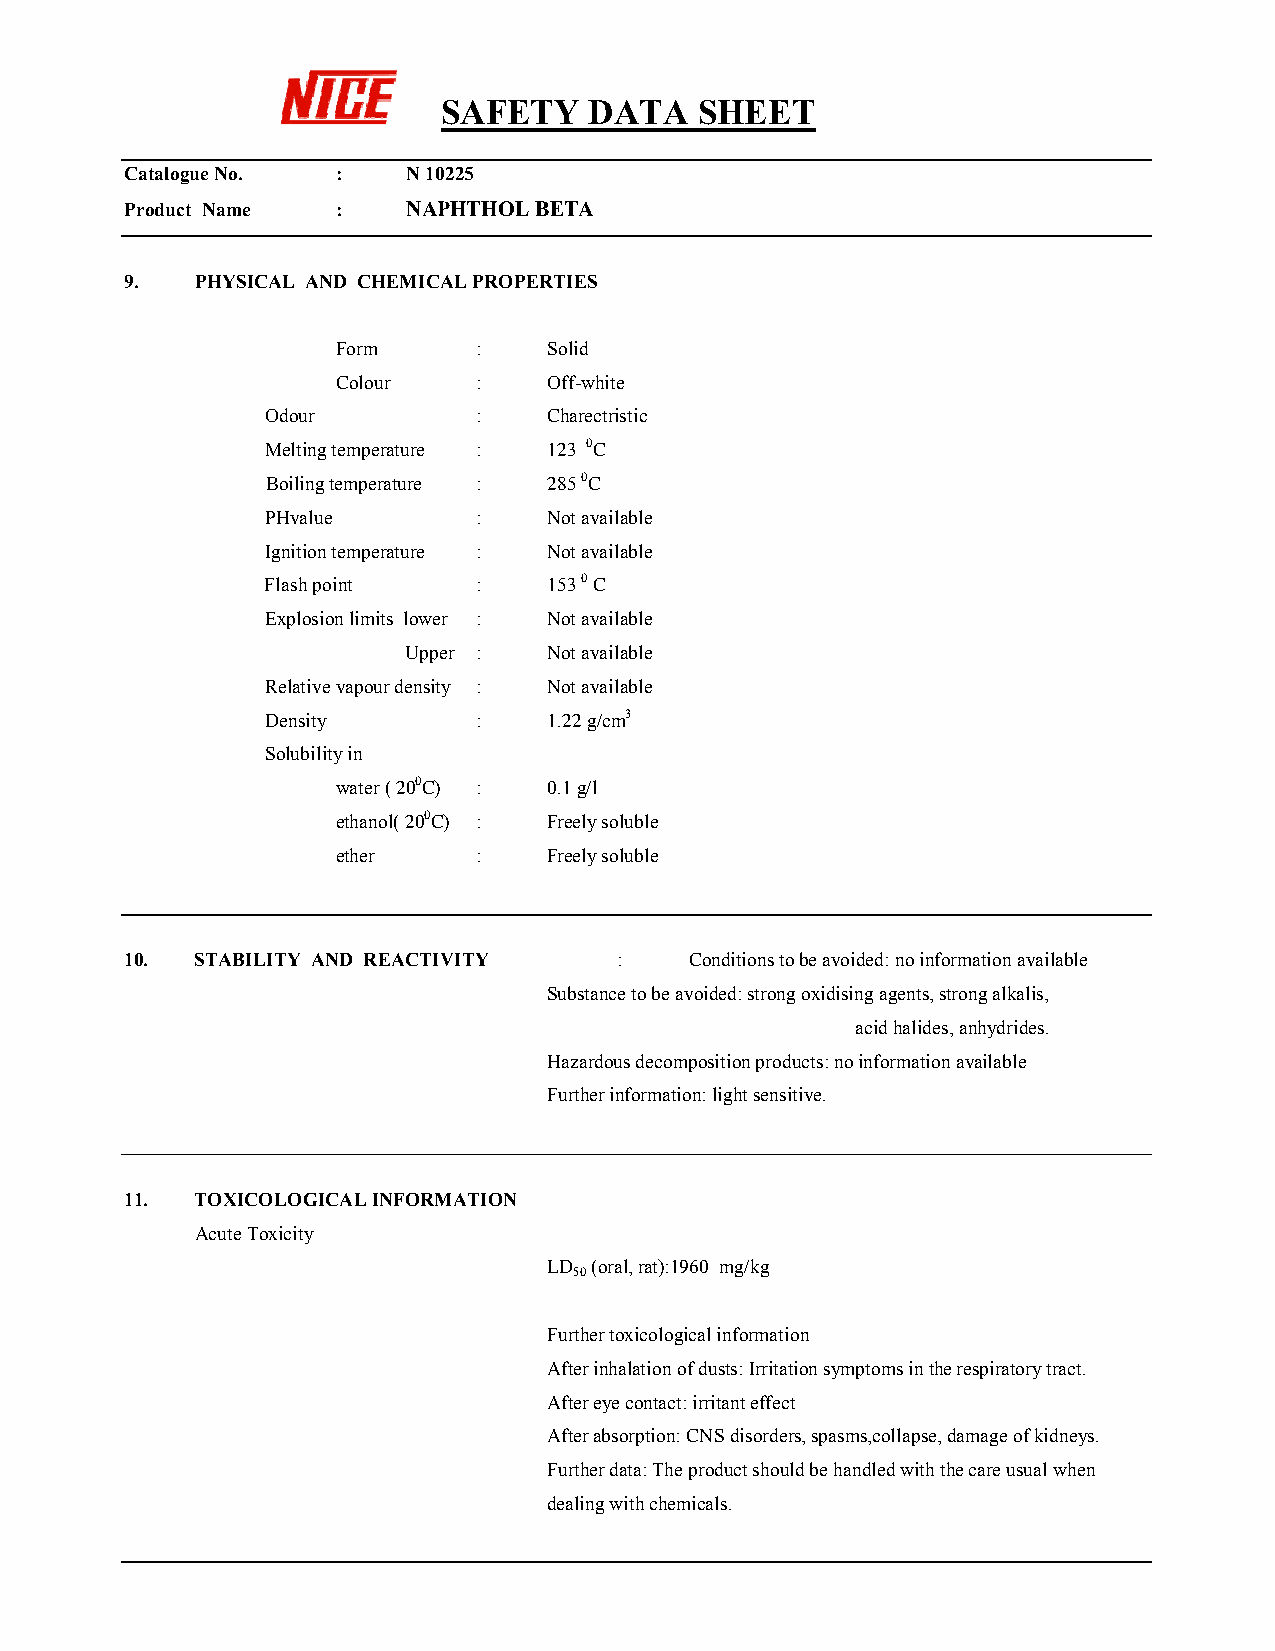
SAFETY    DATA   SHEET
 Catalogue No. :    N 10225
 Product Name  :    NAPHTHOL BETA
 9.   PHYSICAL AND CHEMICAL PROPERTIES
 Form      :   Solid
 Colour    :   Off-white
 Odour         :   Charectristic
 Melting temperature : 123 0C
 Boiling temperature : 285 0C
 PHvalue       :   Not available
 Ignition temperature : Not available
 Flash point   :   153 0 C
 Explosion limits lower : Not available
 Upper :  Not available
 Relative vapour density : Not available
 Density       :   1.22 g/cm3
 Solubility in
 water ( 200C) : 0.1 g/l
 ethanol( 200C) : Freely soluble
 ether     :   Freely soluble
 10.  STABILITY AND REACTIVITY    :    Conditions to be avoided: no information available
 Substance to be avoided: strong oxidising agents, strong alkalis,
 acid halides, anhydrides.
 Hazardous decomposition products: no information available
 Further information: light sensitive.
 11.  TOXICOLOGICAL INFORMATION
 Acute Toxicity
 LD (oral, rat):1960 mg/kg
 50
 Further toxicological information
 After inhalation of dusts: Irritation symptoms in the respiratory tract.
 After eye contact: irritant effect
 After absorption: CNS disorders, spasms,collapse, damage of kidneys.
 Further data: The product should be handled with the care usual when
 dealing with chemicals.